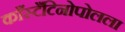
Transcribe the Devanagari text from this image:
काँस्टँटिनोपोलला